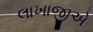
લાખાજીએ